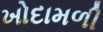
ખોદામળી